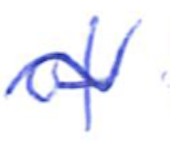
Text: of
Cross-out: wave
Writing tool: ballpoint